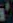
'